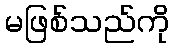
မဖြစ်သည်ကို